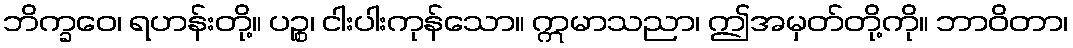
ဘိက္ခဝေ၊ ရဟန်းတို့။ ပဉ္စ၊ ငါးပါးကုန်သော။ ဣမာသညာ၊ ဤအမှတ်တို့ကို။ ဘာဝိတာ၊